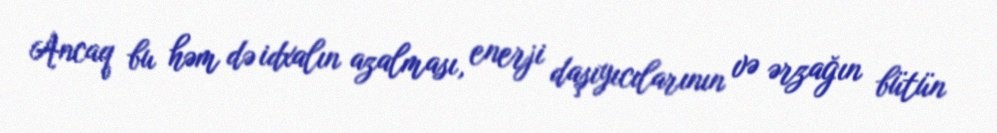
Ancaq bu həm də idxalın azalması, enerji daşıyıcılarının və ərzağın bütün